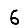
Digit: 6